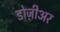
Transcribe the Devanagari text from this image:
डोज़ीअर